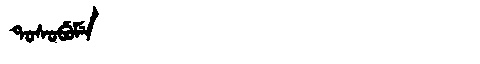
Manchu: ᡨᠣᠰᠣᠪᡠᠮᡝ
Romanization: TOSOBUME